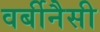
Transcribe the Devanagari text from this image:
वर्बीनैसी